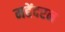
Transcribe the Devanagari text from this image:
महेंदरन